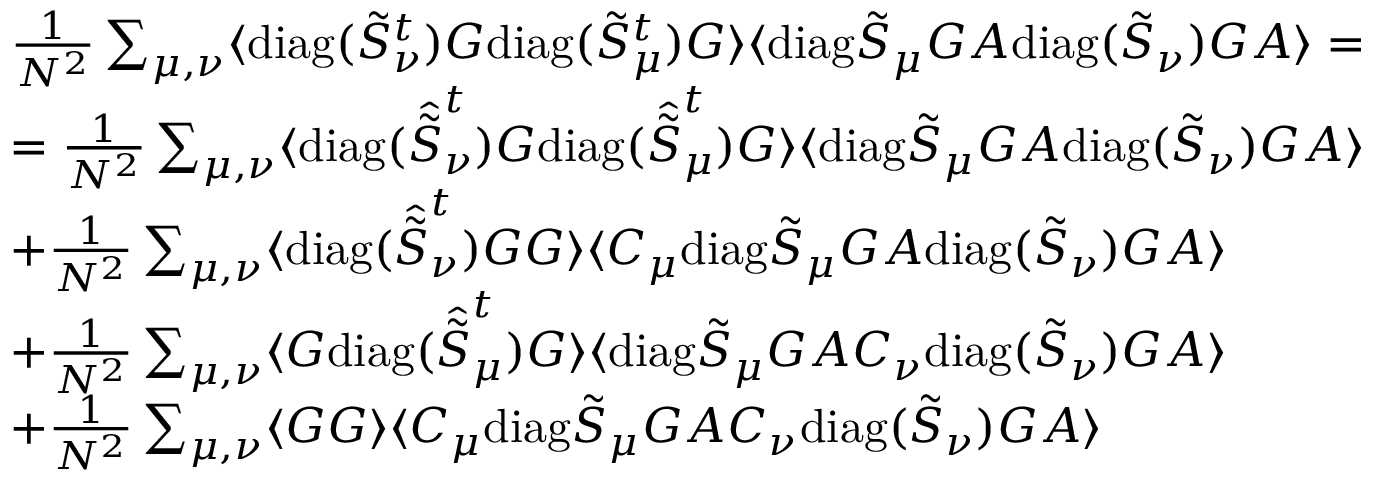
\begin{array} { r l } & { \frac { 1 } { N ^ { 2 } } \sum _ { \mu , \nu } \langle \mathrm { d i a g } ( \tilde { S } _ { \nu } ^ { t } ) G \mathrm { d i a g } ( \tilde { S } _ { \mu } ^ { t } ) G \rangle \langle \mathrm { d i a g } \tilde { S } _ { \mu } G A \mathrm { d i a g } ( \tilde { S } _ { \nu } ) G A \rangle = } \\ & { = \frac { 1 } { N ^ { 2 } } \sum _ { \mu , \nu } \langle \mathrm { d i a g } ( \hat { \tilde { S } } _ { \nu } ^ { t } ) G \mathrm { d i a g } ( \hat { \tilde { S } } _ { \mu } ^ { t } ) G \rangle \langle \mathrm { d i a g } \tilde { S } _ { \mu } G A \mathrm { d i a g } ( \tilde { S } _ { \nu } ) G A \rangle } \\ & { + \frac { 1 } { N ^ { 2 } } \sum _ { \mu , \nu } \langle \mathrm { d i a g } ( \hat { \tilde { S } } _ { \nu } ^ { t } ) G G \rangle \langle C _ { \mu } \mathrm { d i a g } \tilde { S } _ { \mu } G A \mathrm { d i a g } ( \tilde { S } _ { \nu } ) G A \rangle } \\ & { + \frac { 1 } { N ^ { 2 } } \sum _ { \mu , \nu } \langle G \mathrm { d i a g } ( \hat { \tilde { S } } _ { \mu } ^ { t } ) G \rangle \langle \mathrm { d i a g } \tilde { S } _ { \mu } G A C _ { \nu } \mathrm { d i a g } ( \tilde { S } _ { \nu } ) G A \rangle } \\ & { + \frac { 1 } { N ^ { 2 } } \sum _ { \mu , \nu } \langle G G \rangle \langle C _ { \mu } \mathrm { d i a g } \tilde { S } _ { \mu } G A C _ { \nu } \mathrm { d i a g } ( \tilde { S } _ { \nu } ) G A \rangle } \end{array}